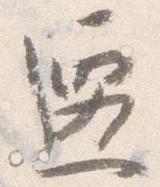
遷